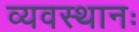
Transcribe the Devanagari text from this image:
व्यवस्थानः